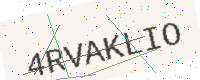
Text: 4RVAKLIO